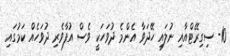
10- ސިގިރޭޓްއާއި ނުލައި ހޭދަވާ އެންމެ ދުވަހަކީ ވެސް އުފާވެރި ދުވަހެއް ކަމުގައި